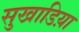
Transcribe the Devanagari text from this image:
सुखाडिय़ा